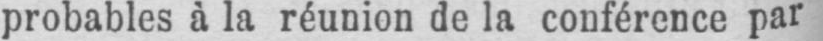
probables à la réunion de la conférence par